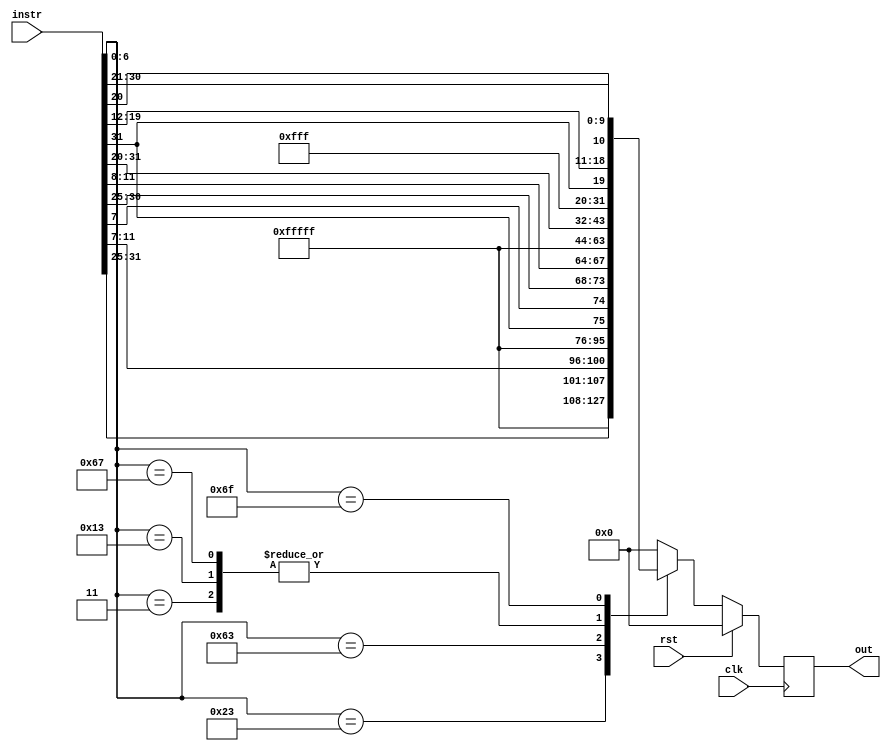
`timescale 1ns / 1ps
//////////////////////////////////////////////////////////////////////////////////
// Company: 
// Engineer: 
// 
// Design Name: 
// Module Name: immgen
// Project Name: 
// Target Devices: 
// Tool Versions: 
// Description: 
// 
// Dependencies: 
// 
// Revision:
// Revision 0.01 - File Created
// Additional Comments:
// 
//////////////////////////////////////////////////////////////////////////////////


module immgen(
input [31:0] instr,
output reg [31:0] out,
input clk,rst
    );
    
    always @(posedge clk)
    begin
    if(rst==1)
    out<=32'h00000000;
    else
    case(instr[6:0])
    //7'b0000011 : out <= {{{20}{instr[31]}},instr[31:20]};
    //7'b0100011 : out <= {{{20}{instr[31]}},instr[31:25],instr[11:7]};
    //7'b1100011 : out <= {{{20}{instr[31]}},instr[31],instr[7],instr[30:25],instr[11:8]};
    //7'b0010011 : out <= {{{20}{instr[31]}},instr[31:20]};
    //7'b1100111 : out <= {{{20}{instr[31]}},instr[31:20]};
    //7'b1101111 : out <= {{{12}{instr[31]}},instr[31],instr[19:12],instr[20],instr[30:21]};
    7'b0000011 : out <= {{20'b11111111111111111111},instr[31:20]};
    7'b0100011 : out <= {{20'b11111111111111111111},instr[31:25],instr[11:7]};
    7'b1100011 : out <= {{20'b11111111111111111111},instr[31],instr[7],instr[30:25],instr[11:8]};
    7'b0010011 : out <= {{20'b11111111111111111111},instr[31:20]};
    7'b1100111 : out <= {{20'b11111111111111111111},instr[31:20]};
    7'b1101111 : out <= {{12'b111111111111},instr[31],instr[19:12],instr[20],instr[30:21]};
    default : out <= 32'h00000000;
endcase
    end
endmodule